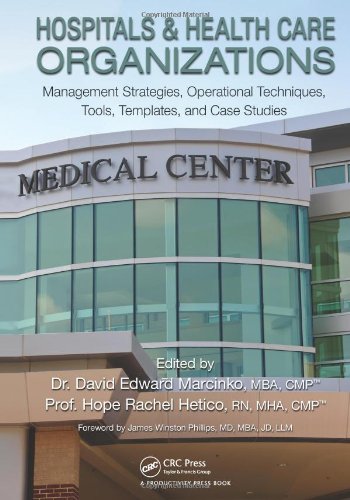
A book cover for Hospitals & Healthcare Organizations: Management Strategies, Operational Techniques, Tools, Templates and Case Studies; Medical Books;